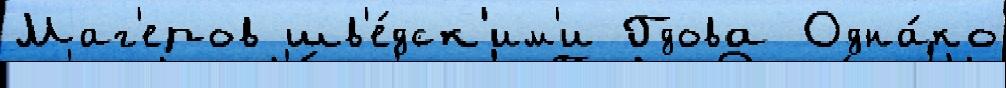
Маг'еров шв'е́дск'им'и Гдова Одна́ко